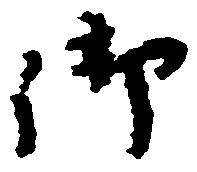
御